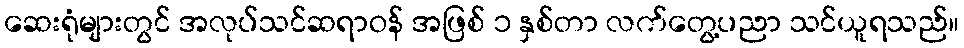
ဆေးရုံများတွင် အလုပ်သင်ဆရာဝန် အဖြစ် ၁ နှစ်တာ လက်တွေ့ပညာ သင်ယူရသည်။